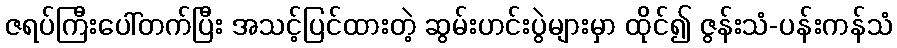
ဇရပ်ကြီးပေါ်တက်ပြီး အသင့်ပြင်ထားတဲ့ ဆွမ်းဟင်းပွဲများမှာ ထိုင်၍ ဇွန်းသံ-ပန်းကန်သံ